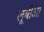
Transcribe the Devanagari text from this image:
लूबीआ